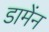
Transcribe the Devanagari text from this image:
डामेंन